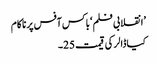
’انقلابی فلم ‘باکس آفس پر ناکام
کیا ڈالر کی قیمت 25۔